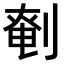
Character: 𠞒